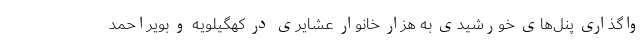
واگذاری پنل‌های خورشیدی به هزار خانوار عشایری در کهگیلویه و بویراحمد